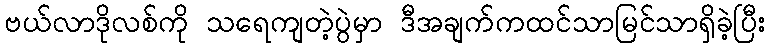
ဗယ်လာဒိုလစ်ကို သရေကျတဲ့ပွဲမှာ ဒီအချက်ကထင်သာမြင်သာရှိခဲ့ပြီး